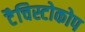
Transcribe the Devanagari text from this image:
टैचिस्टोकोप